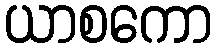
ယာစကော